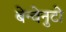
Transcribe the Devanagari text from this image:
बेन्वेनुटो